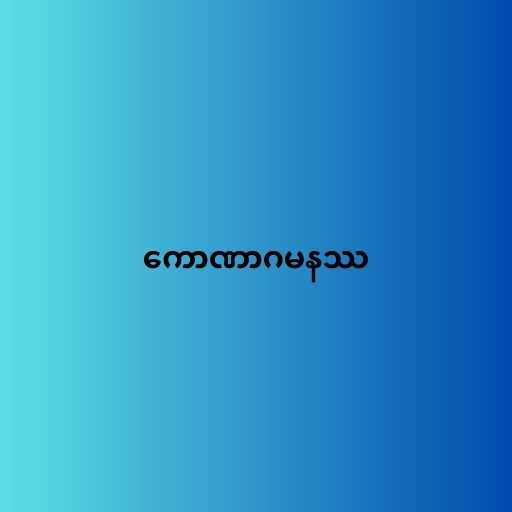
ကောဏာဂမနဿ